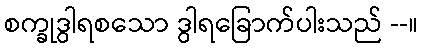
စက္ခုဒွါရစသော ဒွါရခြောက်ပါးသည် --။